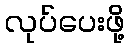
လုပ်ပေးဖို့